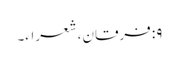
۹: فرقان، شعراء۔